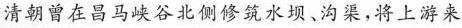
清朝曾在昌马峡谷北侧修筑水坝、沟渠，将上游来